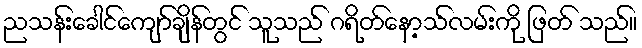
ညသန်းခေါင်ကျော်ချိန်တွင် သူသည် ဂရိတ်နော့သ်လမ်းကို ဖြတ် သည်။